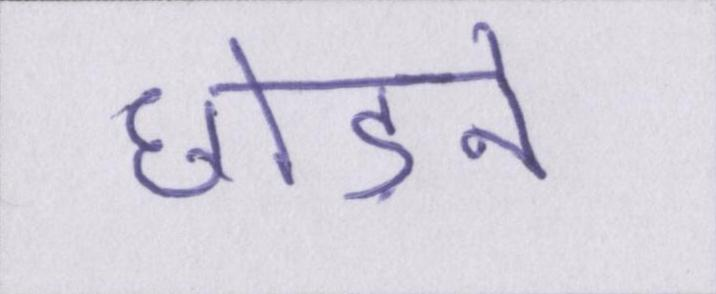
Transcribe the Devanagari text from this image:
छोड़ने